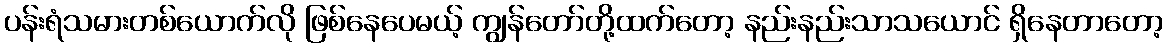
ပန်းရံသမားတစ်ယောက်လို ဖြစ်နေပေမယ့် ကျွန်တော်တို့ထက်တော့ နည်းနည်းသာသယောင် ရှိနေတာတော့